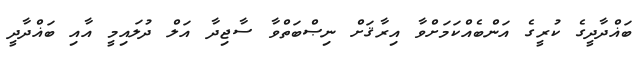
ބަޣްދާދީގެ ކުރީގެ އަންބެއްކަމަށްވާ އިރާޤަށް ނިޞްބަތްވާ ސާޖިދާ އަލް ދުލައިމީ އާއި ބަޣްދާދީ